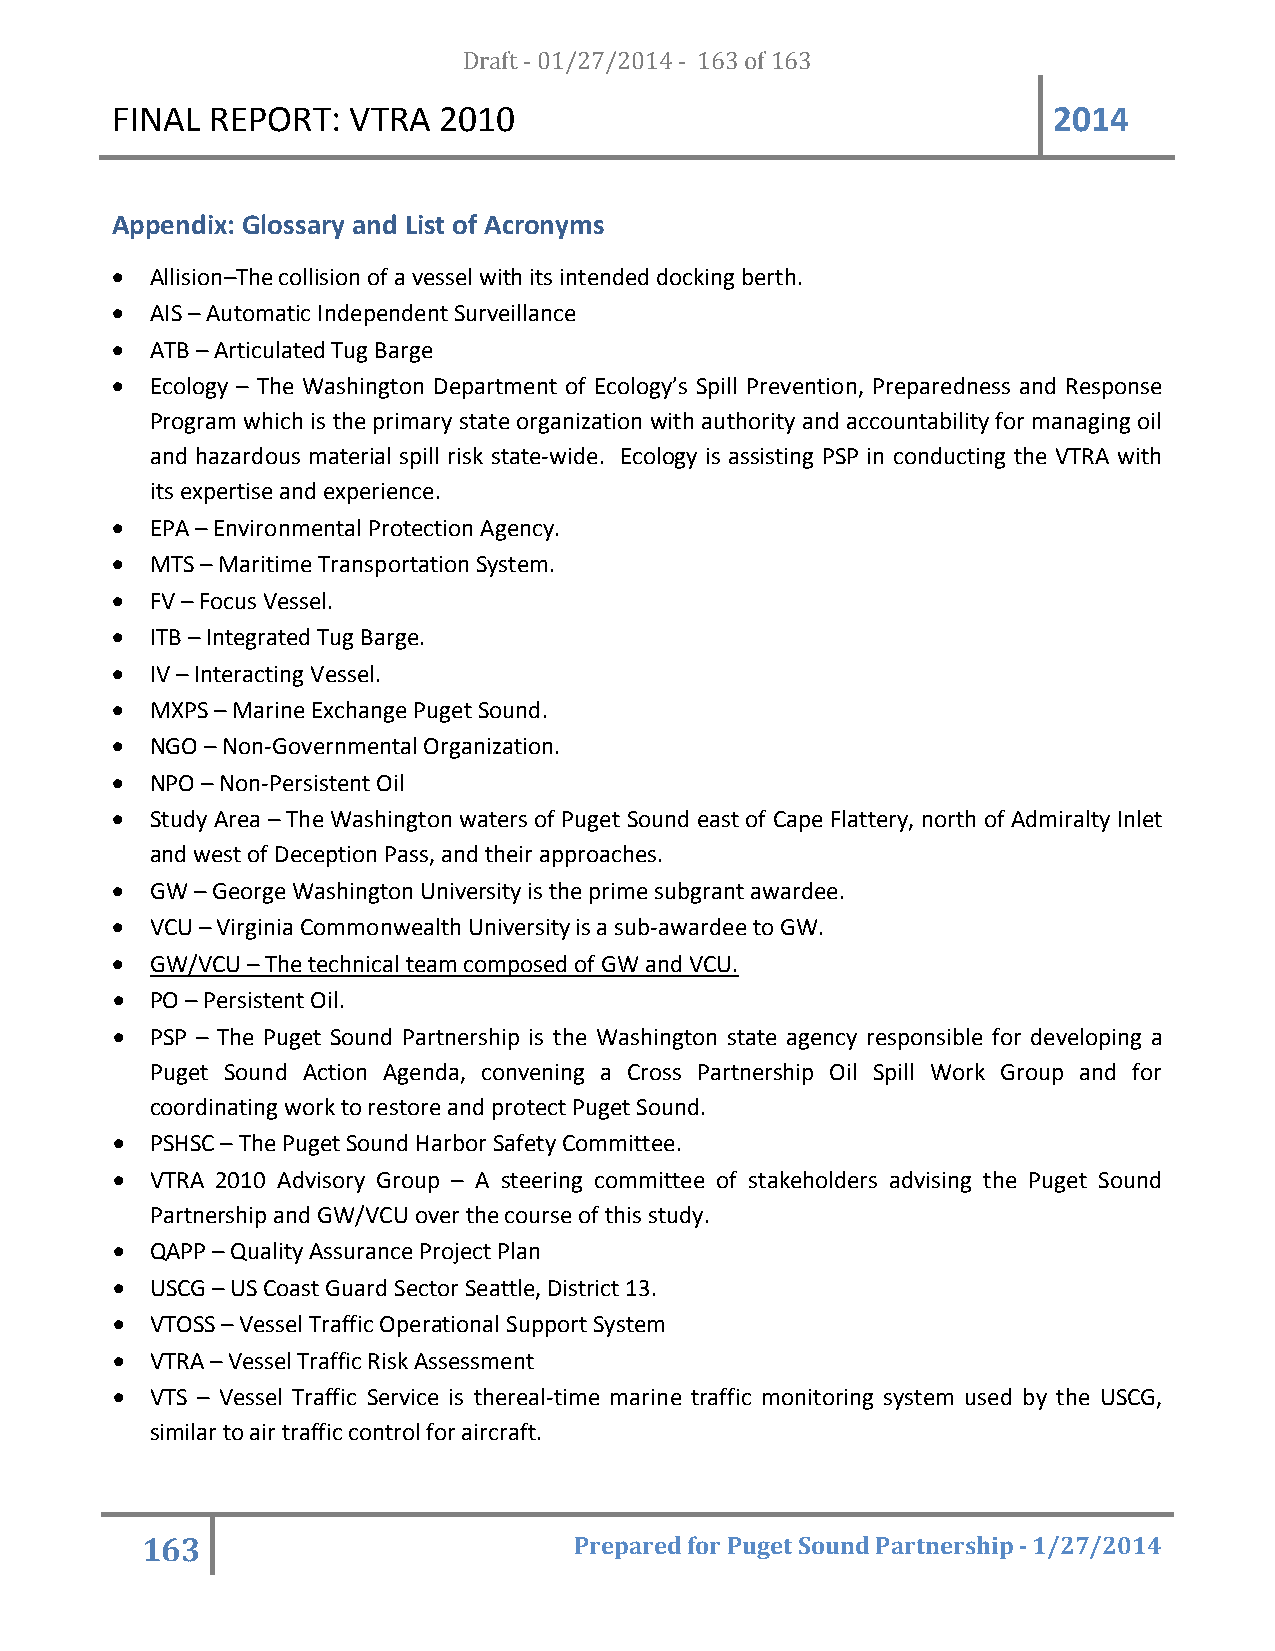
FINAL  REPORT:  VTRA  20D1ra0ft - 01/27/2014 - 163 of 163      2014
 Appendix: Glossary and List of Acronyms
 •  Allision–The collision of a vessel with its intended docking berth.
 •  AIS – Automatic Independent Surveillance
 •  ATB – Articulated Tug Barge
 •  Ecology – The Washington Department of Ecology’s Spill Prevention, Preparedness and Response
 Program which is the primary state organization with authority and accountability for managing oil
 and hazardous material spill risk state-wide. Ecology is assisting PSP in conducting the VTRA with
 its expertise and experience.
 •  EPA – Environmental Protection Agency.
 •  MTS – Maritime Transportation System.
 •  FV – Focus Vessel.
 •  ITB – Integrated Tug Barge.
 •  IV – Interacting Vessel.
 •  MXPS – Marine Exchange Puget Sound.
 •  NGO – Non-Governmental Organization.
 •  NPO – Non-Persistent Oil
 •  Study Area – The Washington waters of Puget Sound east of Cape Flattery, north of Admiralty Inlet
 and west of Deception Pass, and their approaches.
 •  GW – George Washington University is the prime subgrant awardee.
 •  VCU – Virginia Commonwealth University is a sub-awardee to GW.
 •  GW/VCU – The technical team composed of GW and VCU.
 •  PO – Persistent Oil.
 •  PSP – The Puget Sound Partnership is the Washington state agency responsible for developing a
 Puget Sound Action Agenda, convening a Cross Partnership Oil Spill Work Group and for
 coordinating work to restore and protect Puget Sound.
 •  PSHSC – The Puget Sound Harbor Safety Committee.
 •  VTRA 2010 Advisory Group – A steering committee of stakeholders advising the Puget Sound
 Partnership and GW/VCU over the course of this study.
 •  QAPP – Quality Assurance Project Plan
 •  USCG – US Coast Guard Sector Seattle, District 13.
 •  VTOSS – Vessel Traffic Operational Support System
 •  VTRA – Vessel Traffic Risk Assessment
 •  VTS – Vessel Traffic Service is thereal-time marine traffic monitoring system used by the USCG,
 similar to air traffic control for aircraft.
 163                          Prepared for Puget Sound Partnership - 1/27/2014